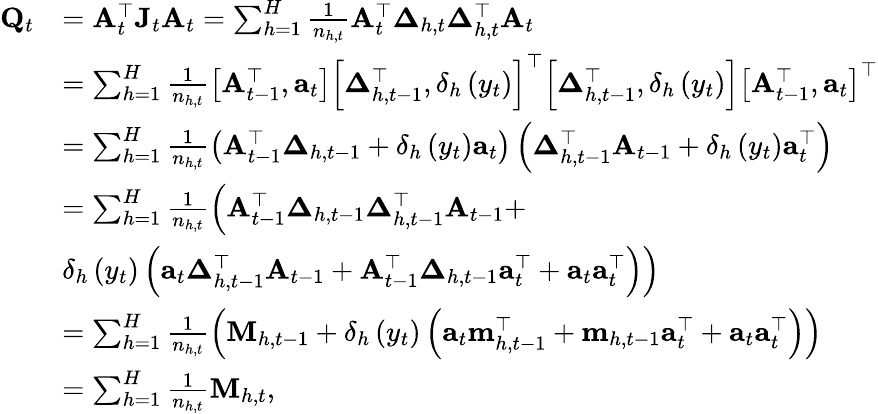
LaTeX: \begin{array}{rl}{\mathbf{Q}_{t}}&{=\mathbf{A}_{t}^{\top}\mathbf{J}_{t}\mathbf{A}_{t}=\sum_{h=1}^{H}\frac{1}{n_{h,t}}\mathbf{A}_{t}^{\top}\boldsymbol{\Delta}_{h,t}\mathbf{\Delta}_{h,t}^{\top}\mathbf{A}_{t}}\\ &{=\sum_{h=1}^{H}\frac{1}{n_{h,t}}\left[\mathbf{A}_{t-1}^{\top},\mathbf{a}_{t}\right]\left[\boldsymbol{\Delta}_{h,t-1}^{\top},\delta_{h}\left(y_{t}\right)\right]^{\top}{\left[\boldsymbol{\Delta}_{h,t-1}^{\top},\delta_{h}\left(y_{t}\right)\right]\left[\mathbf{A}_{t-1}^{\top},\mathbf{a}_{t}\right]^{\top}}}\\ &{=\sum_{h=1}^{H}\frac{1}{n_{h,t}}\left(\mathbf{A}_{t-1}^{\top}\boldsymbol{\Delta}_{h,t-1}+\delta_{h}\left(y_{t}\right)\mathbf{a}_{t}\right)\left(\boldsymbol{\Delta}_{h,t-1}^{\top}\mathbf{A}_{t-1}+\delta_{h}\left(y_{t}\right)\mathbf{a}_{t}^{\top}\right)}\\ &{=\sum_{h=1}^{H}\frac{1}{n_{h,t}}\left(\mathbf{A}_{t-1}^{\top}\boldsymbol{\Delta}_{h,t-1}\mathbf{\Delta}_{h,t-1}^{\top}\mathbf{A}_{t-1}+\right.}\\ &{\left.\delta_{h}\left(y_{t}\right)\left(\mathbf{a}_{t}\mathbf{\Delta}_{h,t-1}^{\top}\mathbf{A}_{t-1}+\mathbf{A}_{t-1}^{\top}\boldsymbol{\Delta}_{h,t-1}\mathbf{a}_{t}^{\top}+\mathbf{a}_{t}\mathbf{a}_{t}^{\top}\right)\right)}\\ &{=\sum_{h=1}^{H}\frac{1}{n_{h,t}}\left(\mathbf{M}_{h,t-1}+\delta_{h}\left(y_{t}\right)\left(\mathbf{a}_{t}\mathbf{m}_{h,t-1}^{\top}+\mathbf{m}_{h,t-1}\mathbf{a}_{t}^{\top}+\mathbf{a}_{t}\mathbf{a}_{t}^{\top}\right)\right)}\\ &{=\sum_{h=1}^{H}\frac{1}{n_{h,t}}\mathbf{M}_{h,t},}\end{array}